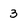
Character: 3